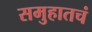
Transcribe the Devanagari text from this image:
समुहातचं